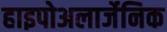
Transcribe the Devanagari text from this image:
हाइपोअलार्जेनिक